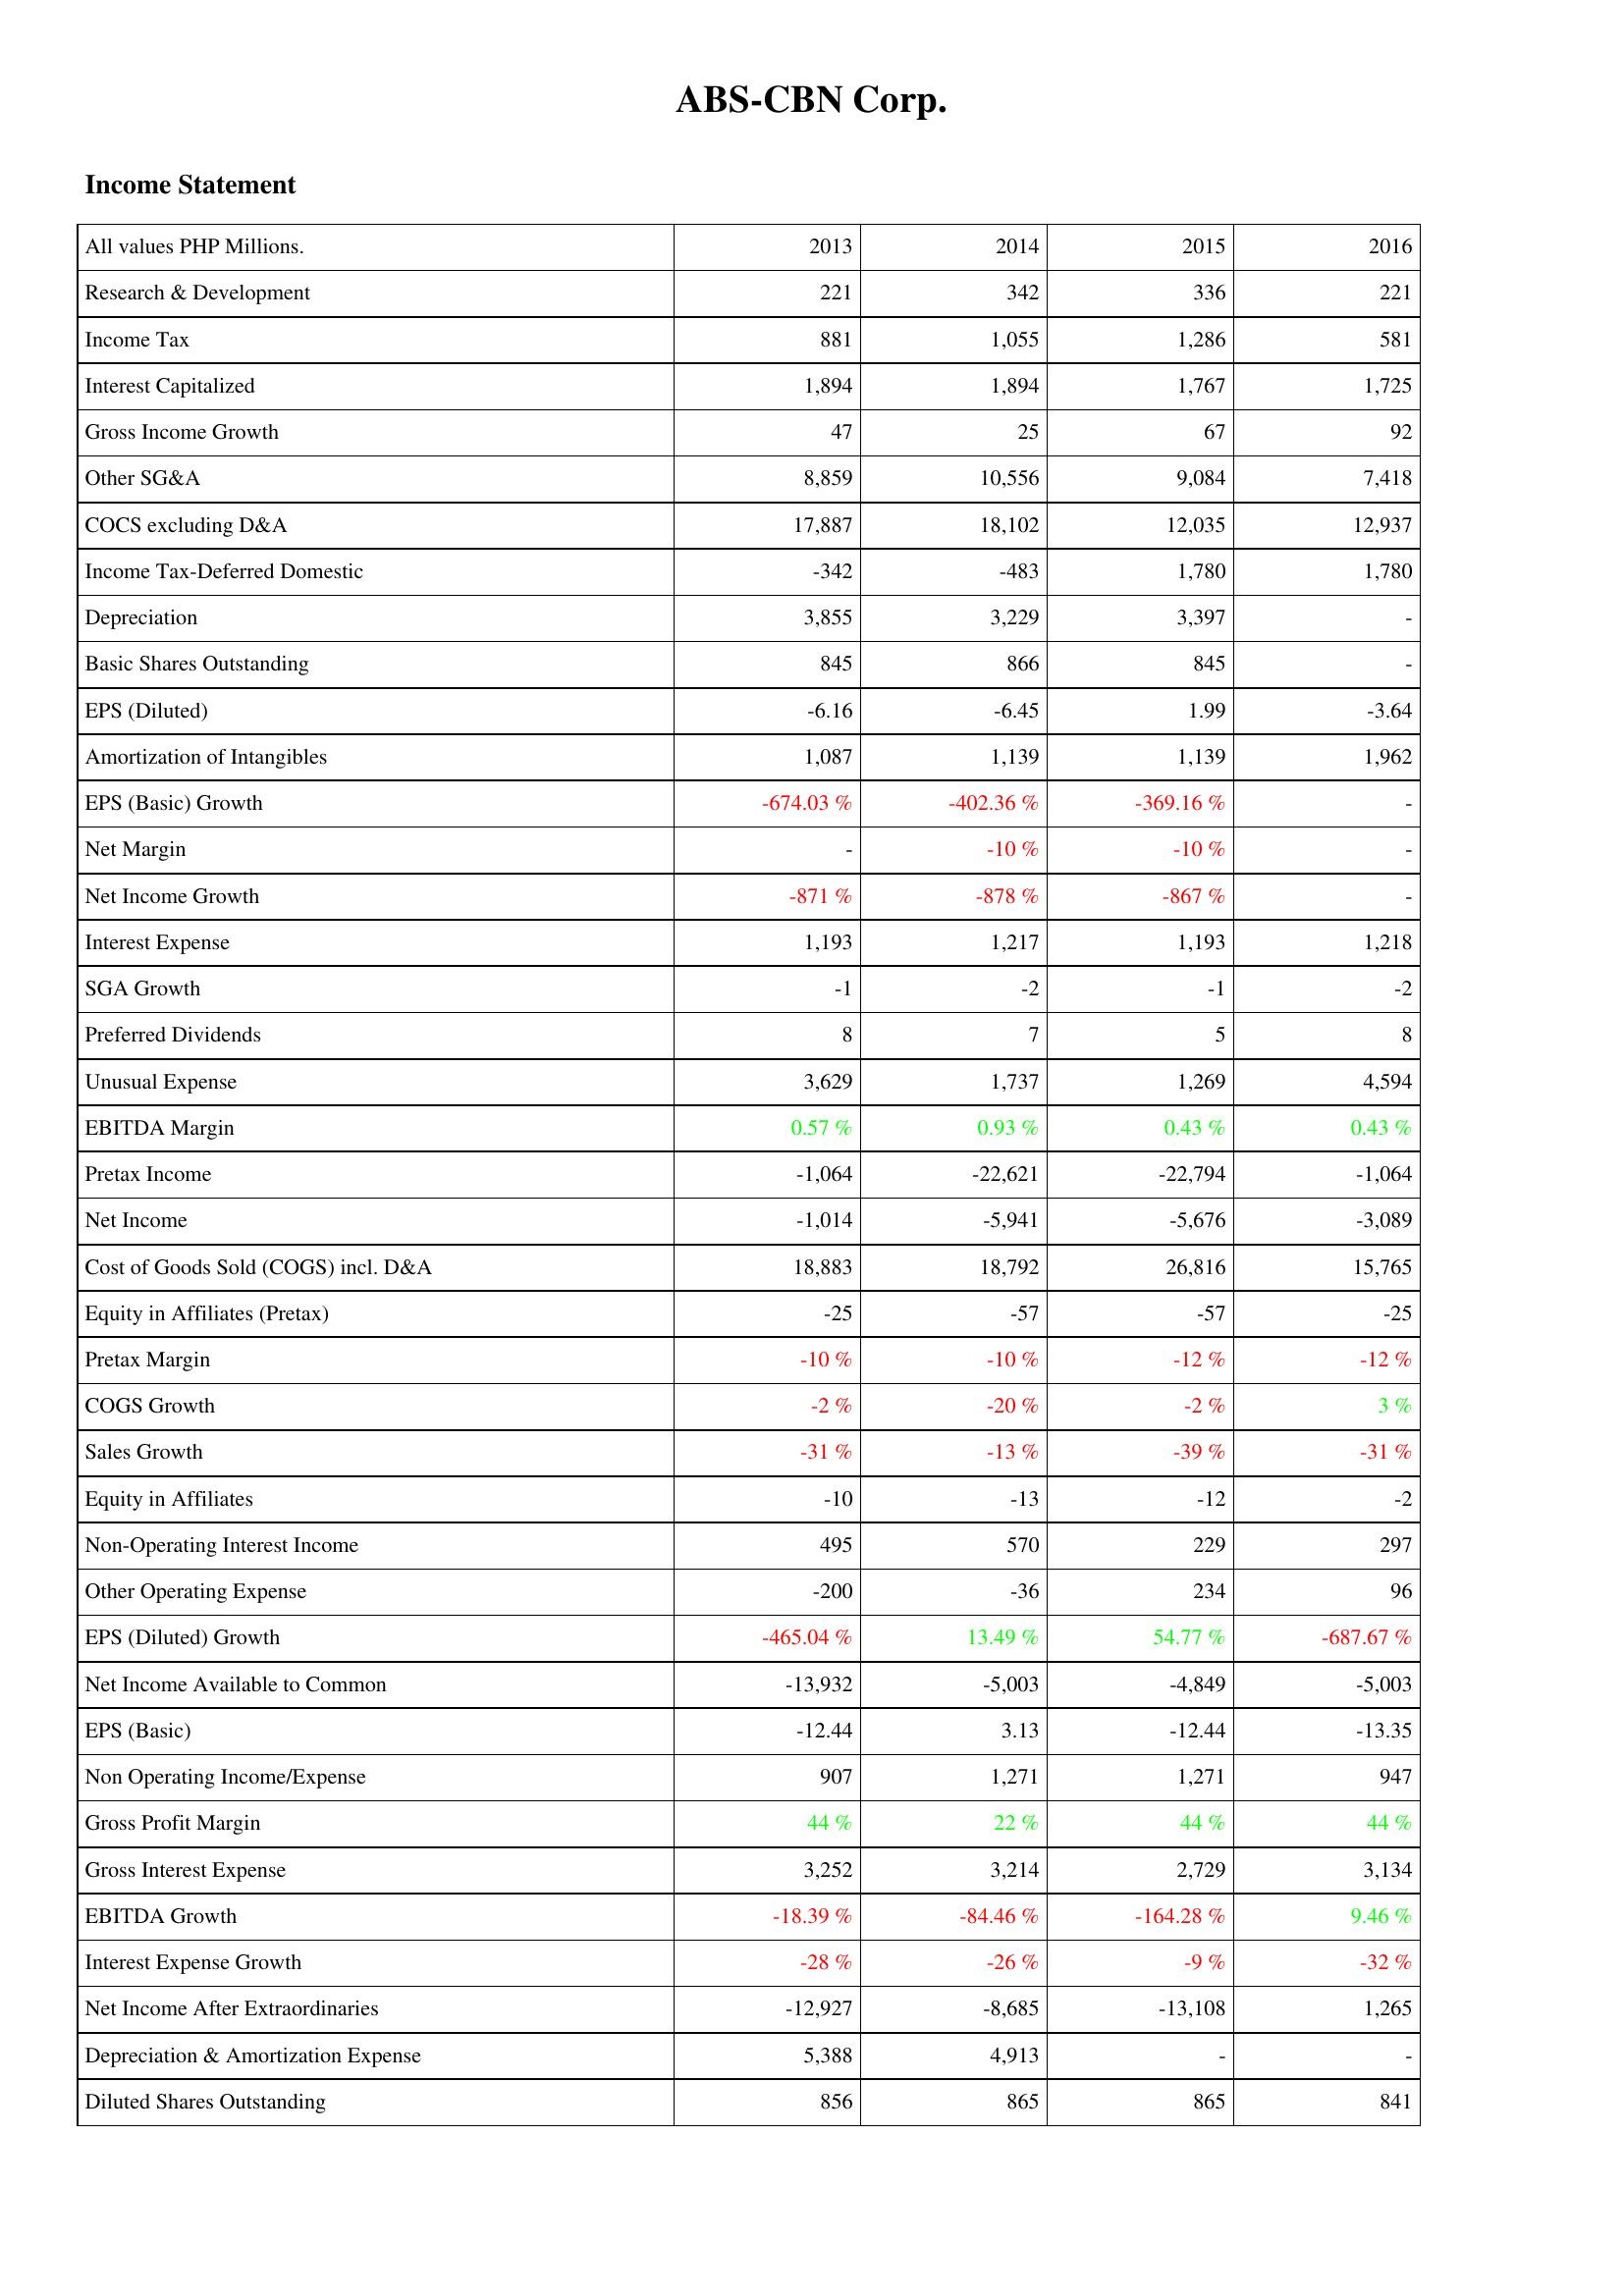
2013: Income Statement: Research & Development: 221
Income Tax: 881
Interest Capitalized: 1,894
Gross Income Growth: 47
Other SG&A: 8,859
COCS excluding D&A: 17,887
Income Tax-Deferred Domestic: -342
Depreciation: 3,855
Basic Shares Outstanding: 845
EPS (Diluted): -6.16
Amortization of Intangibles: 1,087
EPS (Basic) Growth: -674.03 %
Net Margin: -
Net Income Growth: -871 %
Interest Expense: 1,193
SGA Growth: -1
Preferred Dividends: 8
Unusual Expense: 3,629
EBITDA Margin: 0.57 %
Pretax Income: -1,064
Net Income: -1,014
Cost of Goods Sold (COGS) incl. D&A: 18,883
Equity in Affiliates (Pretax): -25
Pretax Margin: -10 %
COGS Growth: -2 %
Sales Growth: -31 %
Equity in Affiliates: -10
Non-Operating Interest Income: 495
Other Operating Expense: -200
EPS (Diluted) Growth: -465.04 %
Net Income Available to Common: -13,932
EPS (Basic): -12.44
Non Operating Income/Expense: 907
Gross Profit Margin: 44 %
Gross Interest Expense: 3,252
EBITDA Growth: -18.39 %
Interest Expense Growth: -28 %
Net Income After Extraordinaries: -12,927
Depreciation & Amortization Expense: 5,388
Diluted Shares Outstanding: 856
2014: Income Statement: Research & Development: 342
Income Tax: 1,055
Interest Capitalized: 1,894
Gross Income Growth: 25
Other SG&A: 10,556
COCS excluding D&A: 18,102
Income Tax-Deferred Domestic: -483
Depreciation: 3,229
Basic Shares Outstanding: 866
EPS (Diluted): -6.45
Amortization of Intangibles: 1,139
EPS (Basic) Growth: -402.36 %
Net Margin: -10 %
Net Income Growth: -878 %
Interest Expense: 1,217
SGA Growth: -2
Preferred Dividends: 7
Unusual Expense: 1,737
EBITDA Margin: 0.93 %
Pretax Income: -22,621
Net Income: -5,941
Cost of Goods Sold (COGS) incl. D&A: 18,792
Equity in Affiliates (Pretax): -57
Pretax Margin: -10 %
COGS Growth: -20 %
Sales Growth: -13 %
Equity in Affiliates: -13
Non-Operating Interest Income: 570
Other Operating Expense: -36
EPS (Diluted) Growth: 13.49 %
Net Income Available to Common: -5,003
EPS (Basic): 3.13
Non Operating Income/Expense: 1,271
Gross Profit Margin: 22 %
Gross Interest Expense: 3,214
EBITDA Growth: -84.46 %
Interest Expense Growth: -26 %
Net Income After Extraordinaries: -8,685
Depreciation & Amortization Expense: 4,913
Diluted Shares Outstanding: 865
2015: Income Statement: Research & Development: 336
Income Tax: 1,286
Interest Capitalized: 1,767
Gross Income Growth: 67
Other SG&A: 9,084
COCS excluding D&A: 12,035
Income Tax-Deferred Domestic: 1,780
Depreciation: 3,397
Basic Shares Outstanding: 845
EPS (Diluted): 1.99
Amortization of Intangibles: 1,139
EPS (Basic) Growth: -369.16 %
Net Margin: -10 %
Net Income Growth: -867 %
Interest Expense: 1,193
SGA Growth: -1
Preferred Dividends: 5
Unusual Expense: 1,269
EBITDA Margin: 0.43 %
Pretax Income: -22,794
Net Income: -5,676
Cost of Goods Sold (COGS) incl. D&A: 26,816
Equity in Affiliates (Pretax): -57
Pretax Margin: -12 %
COGS Growth: -2 %
Sales Growth: -39 %
Equity in Affiliates: -12
Non-Operating Interest Income: 229
Other Operating Expense: 234
EPS (Diluted) Growth: 54.77 %
Net Income Available to Common: -4,849
EPS (Basic): -12.44
Non Operating Income/Expense: 1,271
Gross Profit Margin: 44 %
Gross Interest Expense: 2,729
EBITDA Growth: -164.28 %
Interest Expense Growth: -9 %
Net Income After Extraordinaries: -13,108
Depreciation & Amortization Expense: -
Diluted Shares Outstanding: 865
2016: Income Statement: Research & Development: 221
Income Tax: 581
Interest Capitalized: 1,725
Gross Income Growth: 92
Other SG&A: 7,418
COCS excluding D&A: 12,937
Income Tax-Deferred Domestic: 1,780
Depreciation: -
Basic Shares Outstanding: -
EPS (Diluted): -3.64
Amortization of Intangibles: 1,962
EPS (Basic) Growth: -
Net Margin: -
Net Income Growth: -
Interest Expense: 1,218
SGA Growth: -2
Preferred Dividends: 8
Unusual Expense: 4,594
EBITDA Margin: 0.43 %
Pretax Income: -1,064
Net Income: -3,089
Cost of Goods Sold (COGS) incl. D&A: 15,765
Equity in Affiliates (Pretax): -25
Pretax Margin: -12 %
COGS Growth: 3 %
Sales Growth: -31 %
Equity in Affiliates: -2
Non-Operating Interest Income: 297
Other Operating Expense: 96
EPS (Diluted) Growth: -687.67 %
Net Income Available to Common: -5,003
EPS (Basic): -13.35
Non Operating Income/Expense: 947
Gross Profit Margin: 44 %
Gross Interest Expense: 3,134
EBITDA Growth: 9.46 %
Interest Expense Growth: -32 %
Net Income After Extraordinaries: 1,265
Depreciation & Amortization Expense: -
Diluted Shares Outstanding: 841